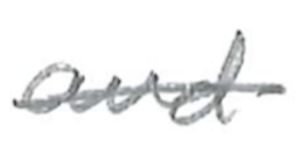
Text: and
Cross-out: single-line
Writing tool: pencil